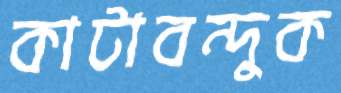
কাটাবন্দুক